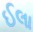
ઈલા